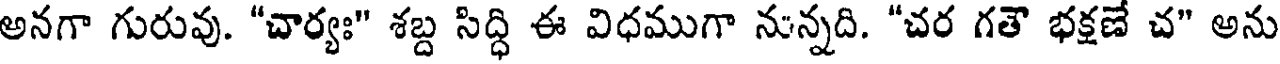
అనగా గురువు. "చార్యః" శబ్ద సిద్ధి ఈ విధముగా నున్నది. "చర గతౌ భక్షణే చ" అను